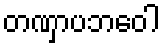
တဏှာပဘဝေါ